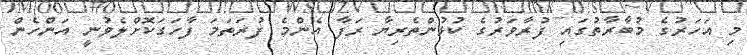
މި އަހަރުގެ މުބާރާތުގައި ފުރާވަރުގެ ކުޅުންތެރިޔާ ރަފާ އެންމެ ފުރަތަމަ ފާހަގަކޮށްލެވުނީ އަންހެން